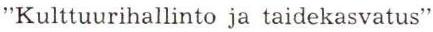
"Kulttuurihallinto ja taidekasvatus"